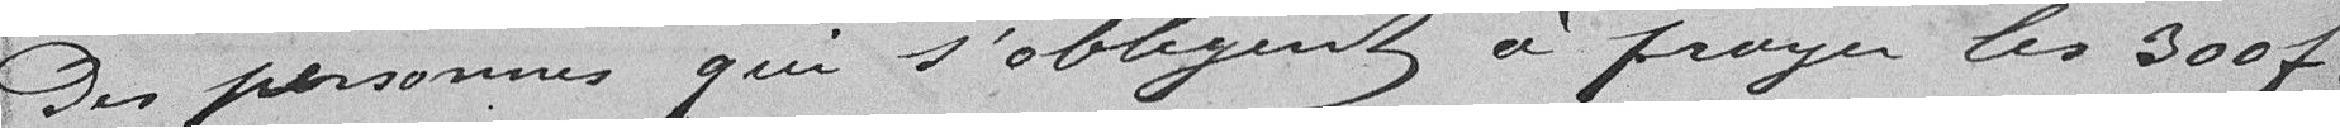
Des personnes qui s'obligent à payer les 300 francs